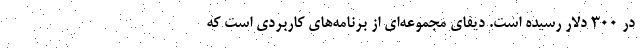
در ۳۰۰ دلار رسیده است. دیفای مجموعه‌ای از برنامه‌های کاربردی است که